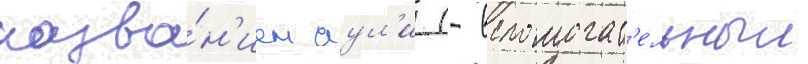
назва́н'ием аул'и (- вспомогат'ельныи